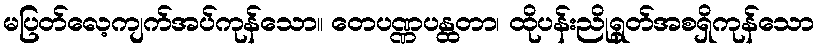
မပြတ်လေ့ကျက်အပ်ကုန်သော။ တေပဏ္ဏပန္ထတာ၊ ထိုပန်းညိုရွတ်အစရှိကုန်သော